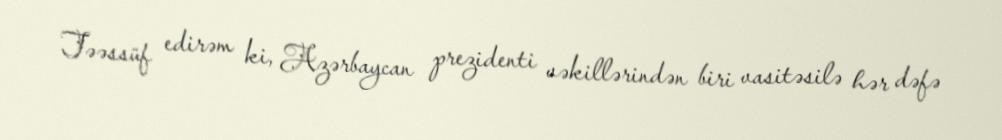
Təəssüf edirəm ki, Azərbaycan prezidenti vəkillərindən biri vasitəsilə hər dəfə